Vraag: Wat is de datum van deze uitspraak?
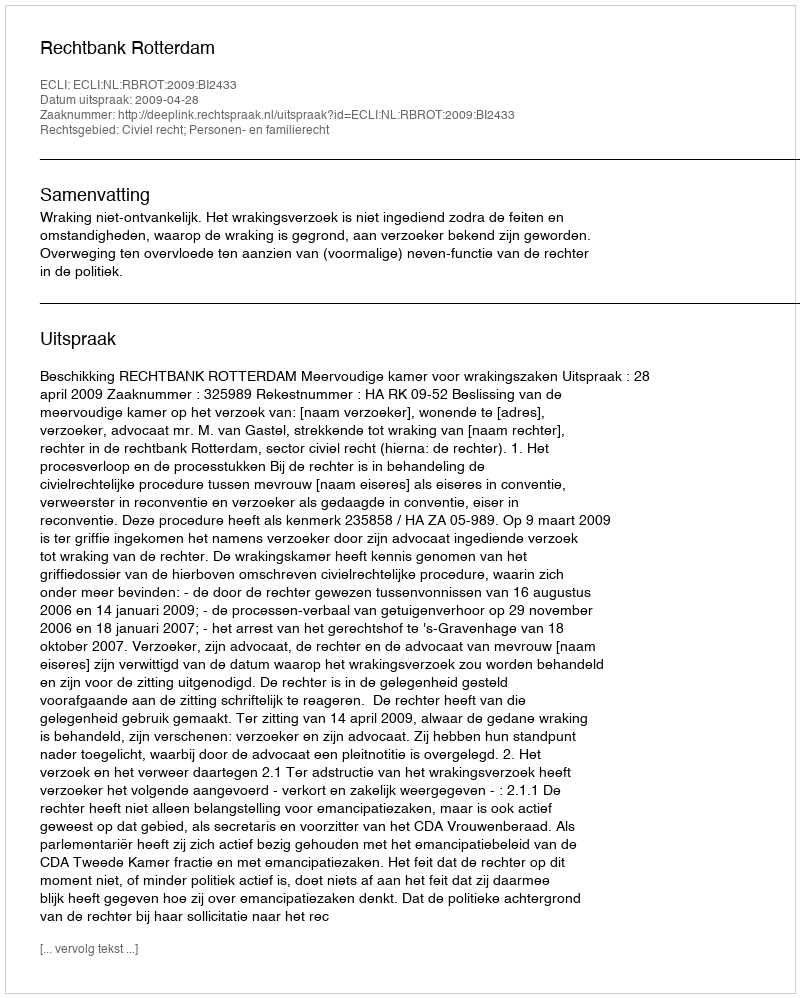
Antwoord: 2009-04-28